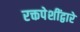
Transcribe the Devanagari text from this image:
रक्तपेशींद्वारे